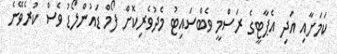
ކަމަށާއި އަދި އެޕާޓީގެ ރަސްމީ ވެބްސައިޓު މެދުވެރިކޮށް ފޯމް ޑައުންލޯޑު ވެސް ކުރެވޭނެ